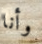
وأنا